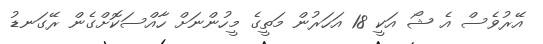
އޭރުވެސް އެ ޝޯ އަކީ 18 އަހަރުން މަތީގެ މީހުންނަށް ހާއްސަކޮށްގެން ރޭގަނޑު